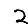
Digit: 2